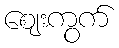
ဈေးကွက်